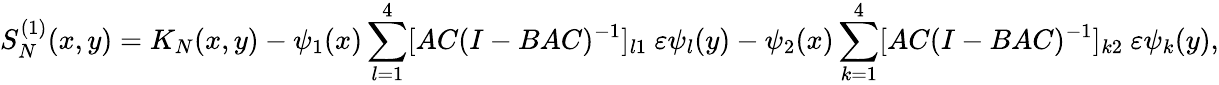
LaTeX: S_{N}^{(1)}(x,y)=K_{N}(x,y)-\psi_{1}(x)\sum_{l=1}^{4}[AC(I-BAC)^{-1}]_{l1}\ \varepsilon\psi_{l}(y)-\psi_{2}(x)\sum_{k=1}^{4}[AC(I-BAC)^{-1}]_{k2}\ \varepsilon\psi_{k}(y),